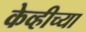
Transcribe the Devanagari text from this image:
केव्हीच्या